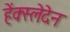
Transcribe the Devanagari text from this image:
हेंक्स्लेदेन